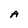
Character: A